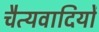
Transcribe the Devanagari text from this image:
चैत्यवादियों